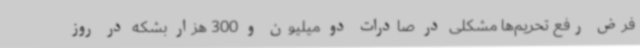
فرض رفع تحریم‌ها مشکلی در صادرات دو میلیون و 300 هزار بشکه در روز